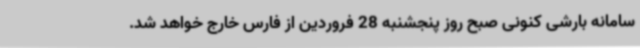
سامانه بارشی کنونی صبح روز پنجشنبه 28 فروردین از فارس خارج خواهد شد.